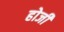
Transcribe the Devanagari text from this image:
होजी